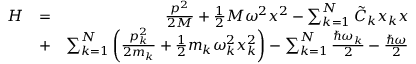
\begin{array} { r l r } { H } & { = } & { \frac { p ^ { 2 } } { 2 M } + \frac { 1 } { 2 } M \omega ^ { 2 } x ^ { 2 } - \sum _ { k = 1 } ^ { N } \tilde { C } _ { k } x _ { k } x } \\ & { + } & { \sum _ { k = 1 } ^ { N } \bigg ( \frac { p _ { k } ^ { 2 } } { 2 m _ { k } } + \frac { 1 } { 2 } m _ { k } \omega _ { k } ^ { 2 } x _ { k } ^ { 2 } \bigg ) - \sum _ { k = 1 } ^ { N } \frac { \hbar \omega _ { k } } { 2 } - \frac { \hbar \omega } { 2 } } \end{array}